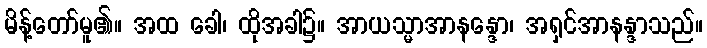
မိန့်တော်မူ၏။ အထ ခေါ၊ ထိုအခါ၌။ အာယသ္မာအာနန္ဒော၊ အရှင်အာနန္ဒာသည်။